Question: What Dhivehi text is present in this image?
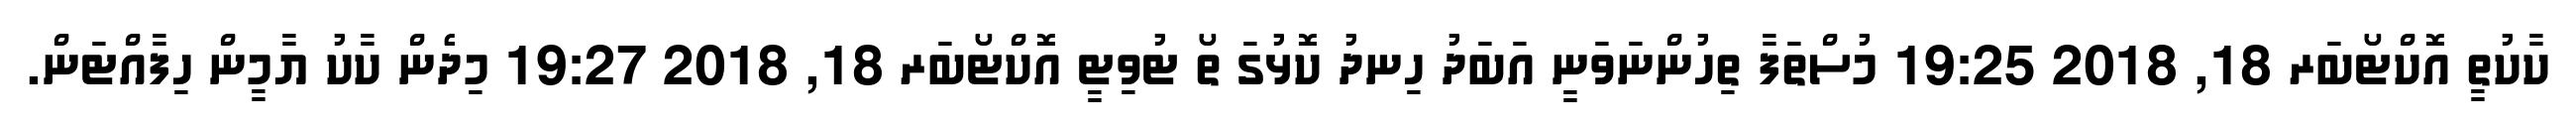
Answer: ކާކުތީ އޮކްޓޯބަރ 18, 2018 19:25 މުސްތަފާ ތިހުންނަވަނީ އަބަދު ހިނދު ކޮޅުގަ ތޯ ޓުވިޓީ އޮކްޓޯބަރ 18, 2018 19:27 މިދެން ކާކު ޔާމީން ހިފާއްޓަން.